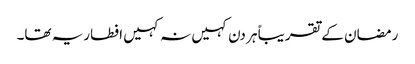
رمضان کے تقریباً ہر دن کہیں نہ کہیں افطاریہ تھا۔